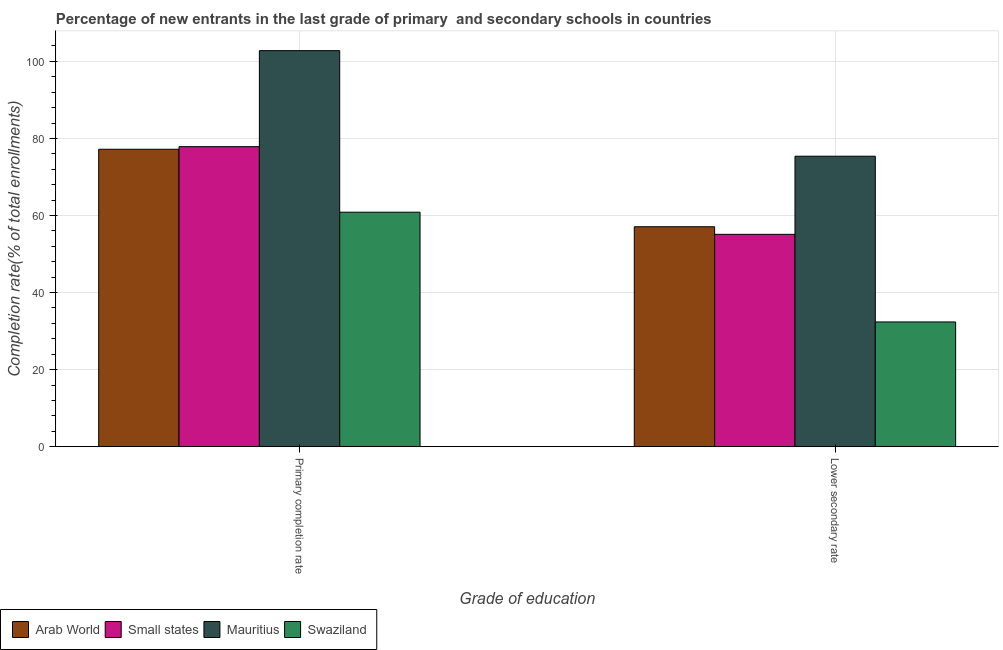
| Grade of education | Arab World | Small states | Mauritius | Swaziland |
 | --- | --- | --- | --- | --- |
 | Primary completion rate | 77.2 | 77.9 | 103 | 60.9 |
 | Lower secondary rate | 57.1 | 55.1 | 75.4 | 32.4 |